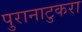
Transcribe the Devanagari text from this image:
पुरानाटुकरा